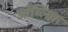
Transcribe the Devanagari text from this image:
ऑब्लिक